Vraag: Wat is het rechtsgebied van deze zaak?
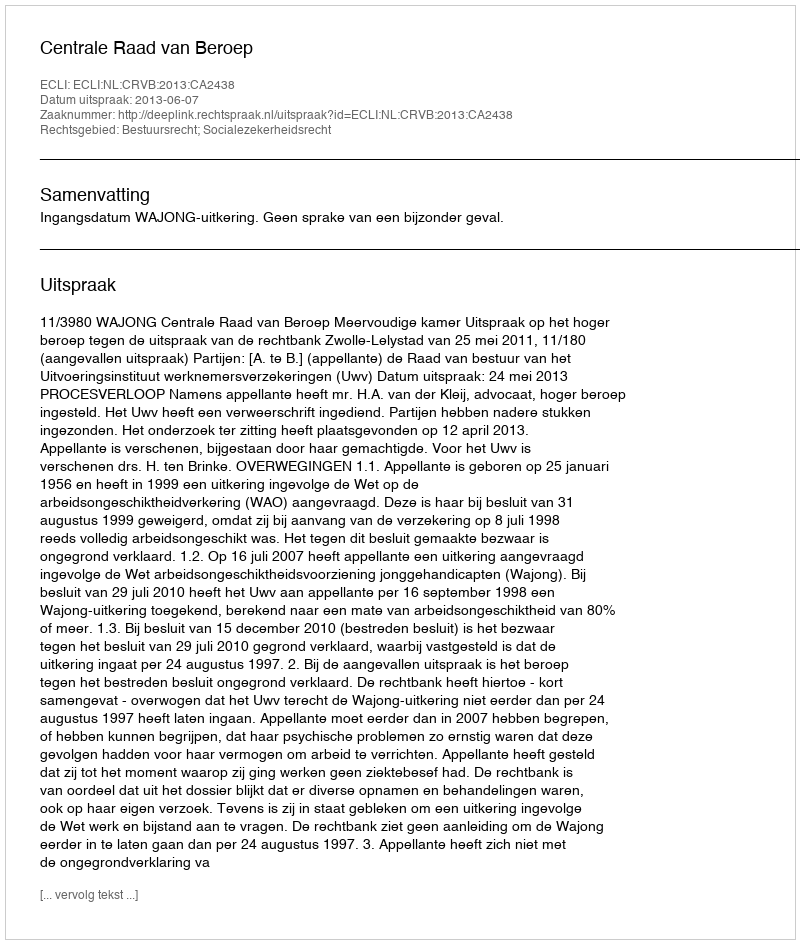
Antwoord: Bestuursrecht; Socialezekerheidsrecht